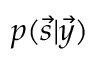
p ( \vec { s } \vert \vec { y } )